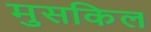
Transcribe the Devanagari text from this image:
मुसकिल